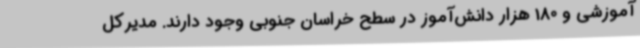
آموزشی و 180 هزار دانش‌آموز در سطح خراسان جنوبی وجود دارند. مدیرکل